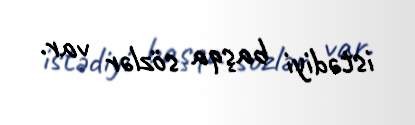
istədiyi başqa sözlər var.